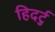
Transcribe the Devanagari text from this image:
हिदर्टु